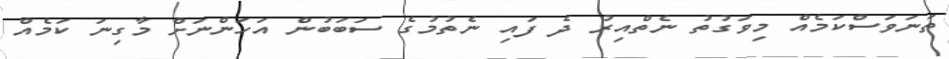
ތަނަވަސްކަމެއް މިވަގުތު ނެތްއިރު ދެ ފައި ނެތުމުގެ ސަބަބުން އަހަންނަށް މާގިނަ ކަމެއް